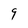
Character: 9